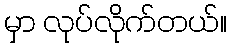
မှာ လုပ်လိုက်တယ်။